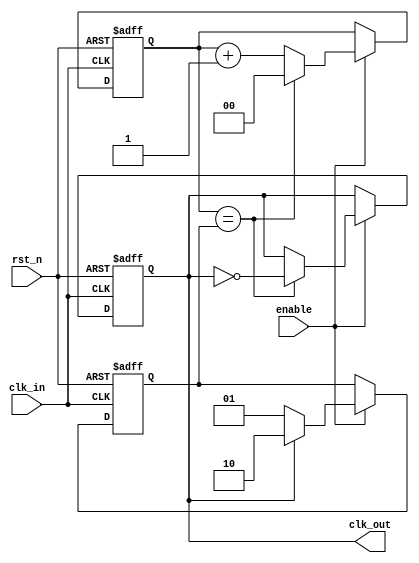
module dual_modulus_clock_divider (
    input wire clk_in,
    input wire rst_n,
    input wire enable,
    output reg clk_out
    );

reg [1:0] count;
reg [1:0] modulus;
reg toggle;

always @(posedge clk_in or negedge rst_n) begin
    if (~rst_n) begin
        count <= 2'b00;
        toggle <= 1'b0;
    end else if (enable) begin
        if (count == modulus) begin
            count <= 2'b00;
            toggle <= ~toggle;
        end else begin
            count <= count + 1;
        end
    end
end

always @(posedge clk_in or negedge rst_n) begin
    if (~rst_n) begin
        modulus <= 2'b10; // Initial modulus value
    end else if (enable) begin
        if (toggle) begin
            modulus <= 2'b10; // M value
        end else begin
            modulus <= 2'b01; // M+1 value
        end
    end
end

assign clk_out = toggle;

endmodule